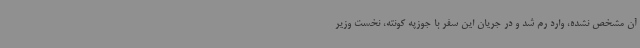
آن مشخص نشده، وارد رم شد و در جریان این سفر با جوزپه کونته، نخست وزیر